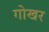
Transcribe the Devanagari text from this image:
गोखर